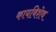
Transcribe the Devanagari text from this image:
कायबिशेव